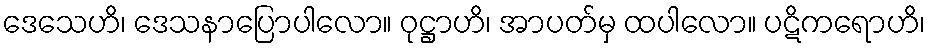
ဒေသေဟိ၊ ဒေသနာပြောပါလော။ ဝုဋ္ဌာဟိ၊ အာပတ်မှ ထပါလော။ ပဋိကရောဟိ၊